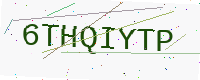
Text: 6THQIYTP